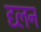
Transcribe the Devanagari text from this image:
द्य्लन